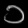
Digit: ၁